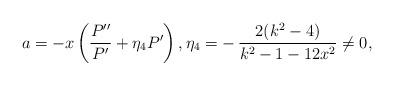
LaTeX: \begin{align*} a = -x \left( \frac{ P''}{P'} + \eta_4 P' \right), \eta_4 = - \, \frac{2 (k^2-4)}{k^2-1 -12x^2} \neq 0,\end{align*}